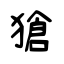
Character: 獊